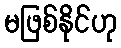
မဖြစ်နိုင်ဟု